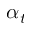
\alpha _ { t }